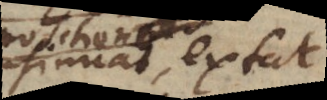
insinuat, extat